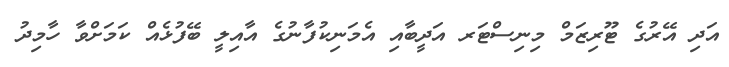
އަދި އޭރުގެ ޓޫރިޒަމް މިނިސްޓަރ އަދީބާއި އެމަނިކުފާނުގެ އާއިލީ ބޭފުޅެއް ކަމަށްވާ ހާމިދު